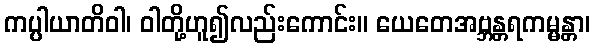
ကပ္ပါယာတိဝါ၊ ဝါတို့ဟူ၍လည်းကောင်း။ ယေတေအဗ္ဘန္တရကမ္မန္တာ၊